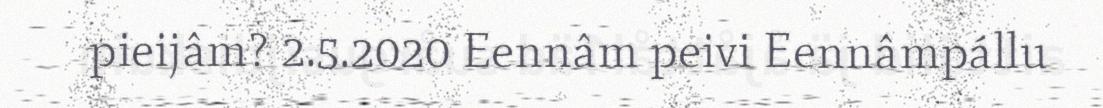
pieijâm? 2.5.2020 Eennâm peivi Eennâmpállu